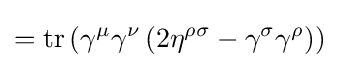
=\operatorname {tr} \left(\gamma ^{\mu }\gamma ^{\nu }\left(2\eta ^{\rho \sigma }-\gamma ^{\sigma }\gamma ^{\rho }\right)\right)